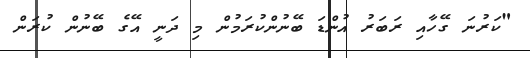
"ކަރުނަ ގޭހާއި ރަބަރު އުންޑަ ބޭނުންކުރަމުން މި ދަނީ އޭގެ ބޭނުން ކުރަން